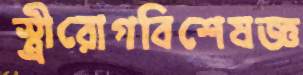
স্ত্রীরোগবিশেষজ্ঞ